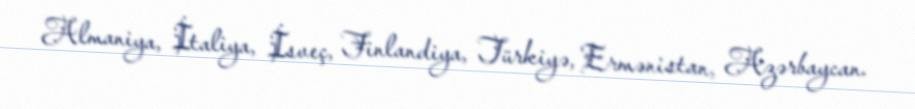
Almaniya, İtaliya, İsveç, Finlandiya, Türkiyə, Ermənistan, Azərbaycan.